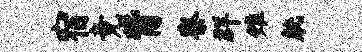
宿竟觜寮群雉觥